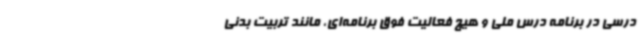
درسی در برنامه درس ملی و هیچ فعالیت فوق برنامه‌ای، مانند تربیت بدنی